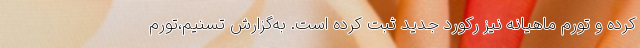
کرده و تورم ماهیانه نیز رکورد جدید ثبت کرده است. به‌گزارش‌ تسنیم‌،تورم